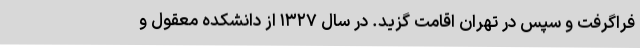
فراگرفت و سپس در تهران اقامت گزید. در سال ۱۳۲۷ از دانشکده معقول و